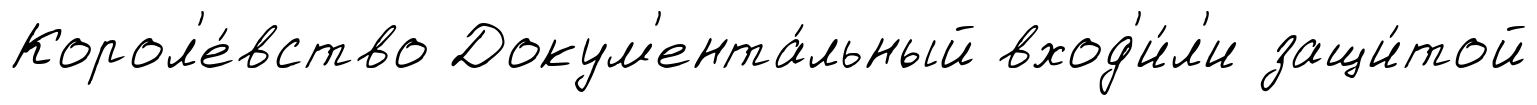
Корол'е́вство Докум'ента́льный вход'и́л'и защи́той